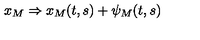
x _ { M } \Rightarrow x _ { M } ( t , s ) + \psi _ { M } ( t , s )